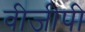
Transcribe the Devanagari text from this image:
वीजीपी